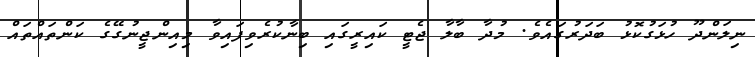
ނިލަންދޫ ހުޅަގުކޮޅު ބަދަރުގައެވެ. މުދާ ބާލާ ޖެޓީ ކައިރީގައި ބިނާކުރެވިފައިވާ މިއިންޖީނުގޭގެ ކަންތައްތައް